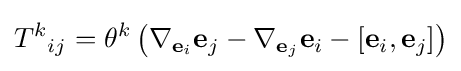
{T^{k}}_{ij}=\theta ^{k}\left(\nabla _{\mathbf {e} _{i}}\mathbf {e} _{j}-\nabla _{\mathbf {e} _{j}}\mathbf {e} _{i}-\left[\mathbf {e} _{i},\mathbf {e} _{j}\right]\right)